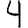
Digit: 4